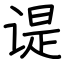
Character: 𬤊